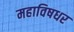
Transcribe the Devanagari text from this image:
महाविषधर